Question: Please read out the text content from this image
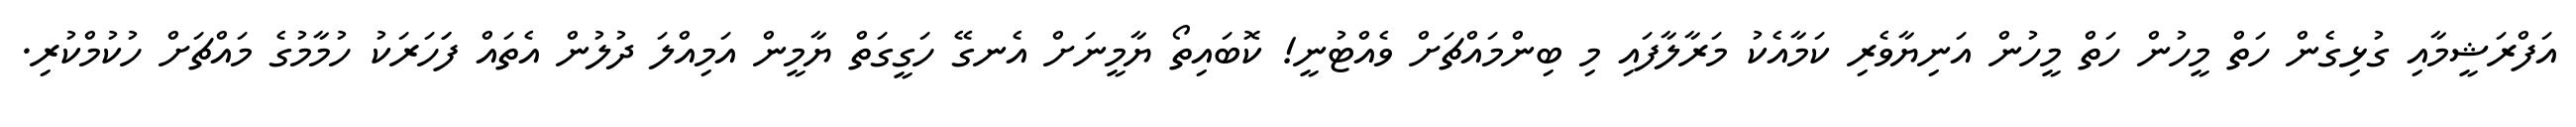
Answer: އަފްރަޝީމާއި ގުޅިގެން ހަތް މީހުން ހަތް މީހުން އަނިޔާވެރި ކަމާއެކު މަރާލާފައި މި ބިންމައްޗަށް ވެއްޓުނީ! ކޮބައިތޯ ޔާމީނަށް އެނގޭ ހަގީގަތް ޔާމީން އަމިއްލަ ދުލުން އެތައް ފަަހަރަކު ހުމާމުގެ މައްޗަށް ހުކުމްކުރި.